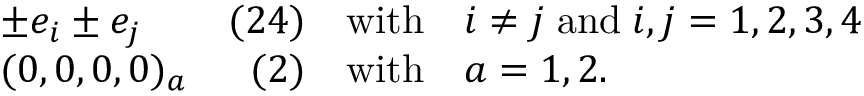
\begin{array} { l r c l } { { \pm e _ { i } \pm e _ { j } } } & { { ( 2 4 ) } } & { { \mathrm { w i t h } } } & { { i \neq j \; \mathrm { a n d } \; i , j = 1 , 2 , 3 , 4 } } \\ { { ( 0 , 0 , 0 , 0 ) _ { a } } } & { { ( 2 ) } } & { { \mathrm { w i t h } } } & { { a = 1 , 2 . } } \end{array}